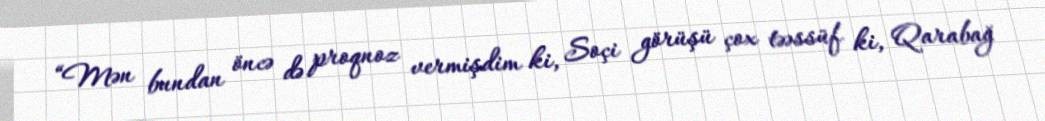
“Mən bundan öncə də proqnoz vermişdim ki, Soçi görüşü çox təəssüf ki, Qarabağ